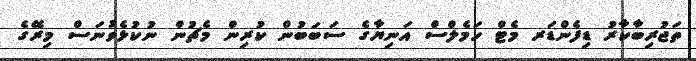
ތަޖުރިބާކާރު ޑިފެންޑަރ މެޓް ހަމެލްސް އަނިޔާގެ ސަބަބުން ކުރިން މެޗުން ނުކުޅެވުނަސް މިރޭގެ